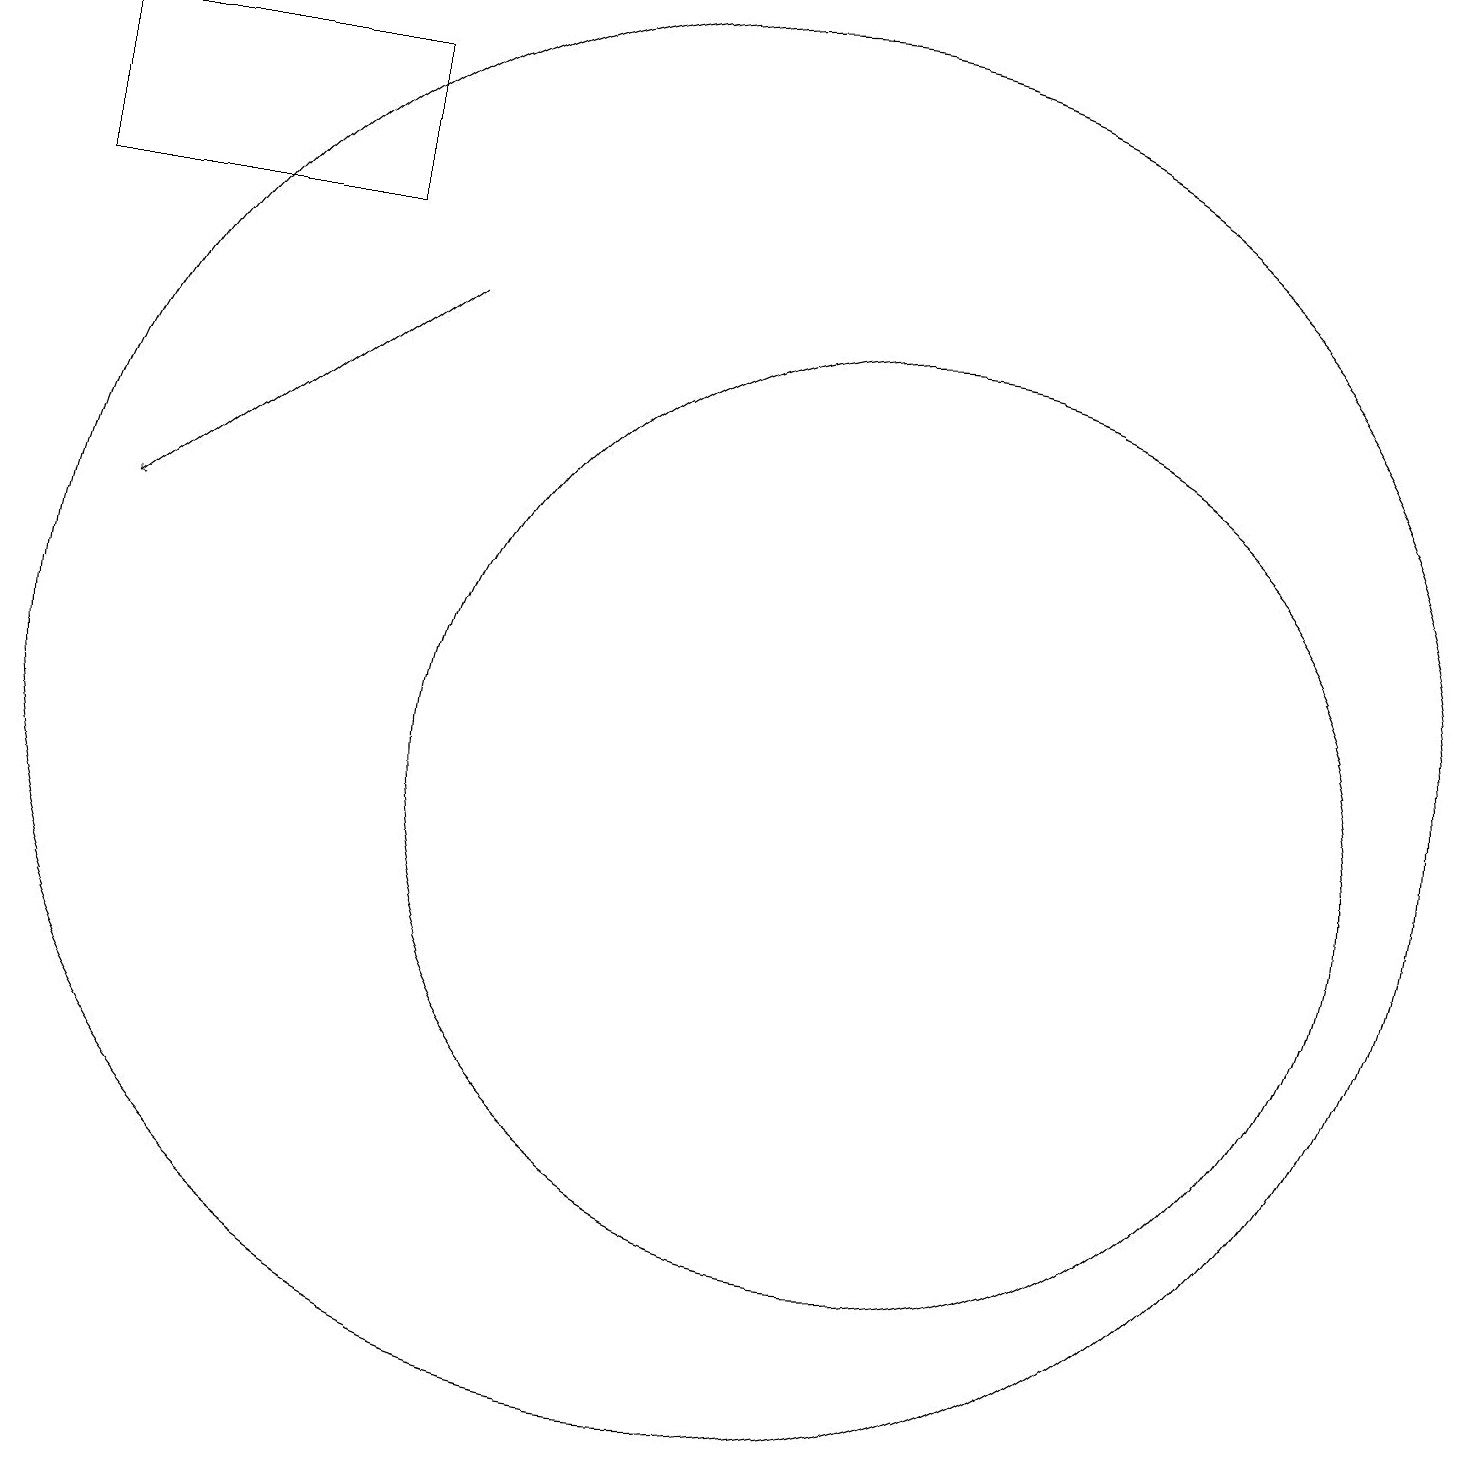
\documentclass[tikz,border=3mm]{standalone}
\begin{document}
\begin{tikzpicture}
\draw (5,19) rectangle (1,17);
\draw (12,10) circle (6);
\draw (10,11) circle (9);
\draw[->] (6,16) -- (2,13);
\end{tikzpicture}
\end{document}